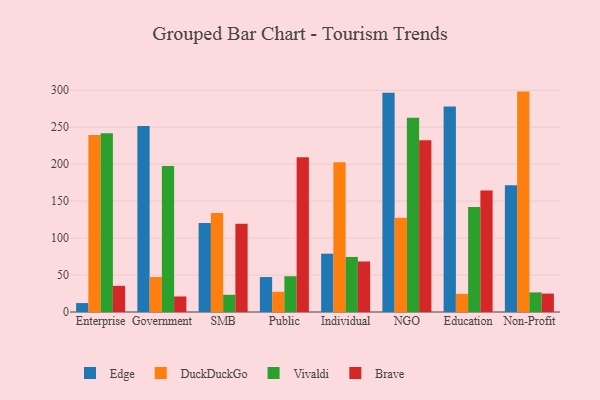
{"axis": {"x": "Segment", "y": "Market Share (%)"}, "legend": ["Brave", "DuckDuckGo", "Edge", "Vivaldi"], "data": [{"x": "Enterprise", "y": 12.1, "type": "Edge"}, {"x": "Enterprise", "y": 239.5, "type": "DuckDuckGo"}, {"x": "Enterprise", "y": 241.9, "type": "Vivaldi"}, {"x": "Enterprise", "y": 35.4, "type": "Brave"}, {"x": "Government", "y": 251.5, "type": "Edge"}, {"x": "Government", "y": 47.4, "type": "DuckDuckGo"}, {"x": "Government", "y": 197.7, "type": "Vivaldi"}, {"x": "Government", "y": 21.0, "type": "Brave"}, {"x": "SMB", "y": 120.4, "type": "Edge"}, {"x": "SMB", "y": 133.9, "type": "DuckDuckGo"}, {"x": "SMB", "y": 23.3, "type": "Vivaldi"}, {"x": "SMB", "y": 119.5, "type": "Brave"}, {"x": "Public", "y": 47.3, "type": "Edge"}, {"x": "Public", "y": 27.3, "type": "DuckDuckGo"}, {"x": "Public", "y": 48.4, "type": "Vivaldi"}, {"x": "Public", "y": 209.5, "type": "Brave"}, {"x": "Individual", "y": 78.9, "type": "Edge"}, {"x": "Individual", "y": 202.6, "type": "DuckDuckGo"}, {"x": "Individual", "y": 74.5, "type": "Vivaldi"}, {"x": "Individual", "y": 68.4, "type": "Brave"}, {"x": "NGO", "y": 296.5, "type": "Edge"}, {"x": "NGO", "y": 127.6, "type": "DuckDuckGo"}, {"x": "NGO", "y": 262.8, "type": "Vivaldi"}, {"x": "NGO", "y": 232.4, "type": "Brave"}, {"x": "Education", "y": 278.0, "type": "Edge"}, {"x": "Education", "y": 24.5, "type": "DuckDuckGo"}, {"x": "Education", "y": 142.0, "type": "Vivaldi"}, {"x": "Education", "y": 164.5, "type": "Brave"}, {"x": "Non-Profit", "y": 171.6, "type": "Edge"}, {"x": "Non-Profit", "y": 298.2, "type": "DuckDuckGo"}, {"x": "Non-Profit", "y": 26.5, "type": "Vivaldi"}, {"x": "Non-Profit", "y": 24.9, "type": "Brave"}]}